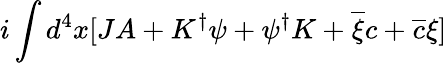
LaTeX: i\int d^{4}x[JA+K^{\dagger}\psi+\psi^{\dagger}K+\overline{{{\xi}}}c+\overline{{{c}}}\xi]